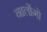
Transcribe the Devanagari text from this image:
नालोंगो